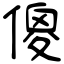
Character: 傻